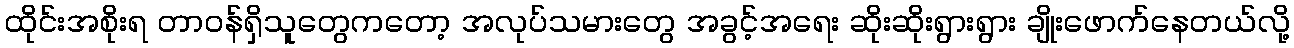
ထိုင်းအစိုးရ တာဝန်ရှိသူတွေကတော့ အလုပ်သမားတွေ အခွင့်အရေး ဆိုးဆိုးရွားရွား ချိုးဖောက်နေတယ်လို့